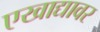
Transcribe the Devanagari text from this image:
एखाद्यावर